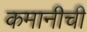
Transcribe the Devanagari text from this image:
कमानीची